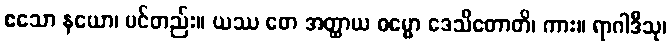
ဧသော နယော၊ ပင်တည်း။ ယဿ တေ အတ္ထာယ ဓမ္မော ဒေသိတောတိ၊ ကား။ ရာဂါဒီသု၊